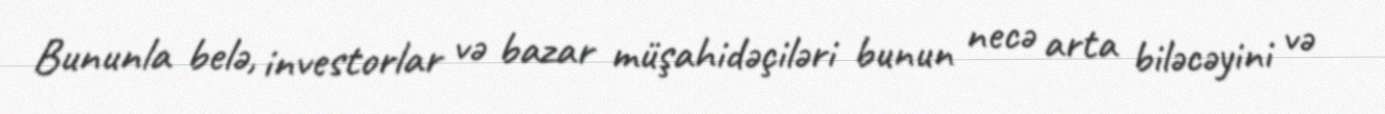
Bununla belə, investorlar və bazar müşahidəçiləri bunun necə arta biləcəyini və